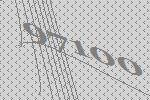
97100